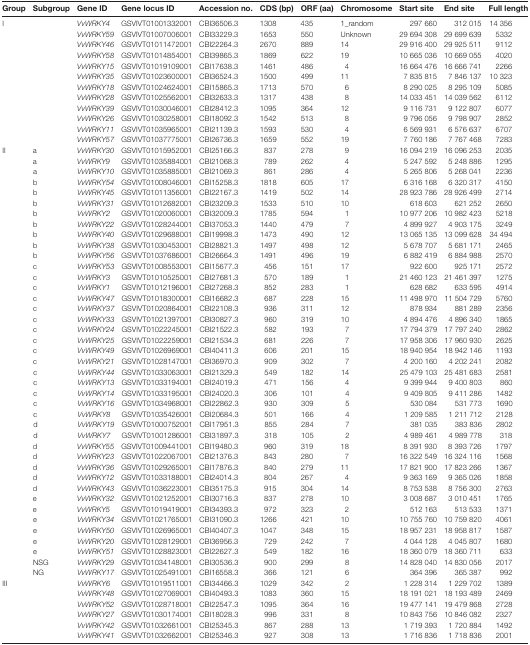
<table><thead><tr><td><b>Group</b></td><td><b>Subgroup</b></td><td><b>Gene ID</b></td><td><b>Gene locus ID</b></td><td><b>Accession no.</b></td><td><b>CDS (bp)</b></td><td><b>ORF (aa)</b></td><td><b>Chromosome</b></td><td><b>Start site</b></td><td><b>End site</b></td><td><b>Full length</b></td></tr></thead><tbody><tr><td>I</td><td></td><td><i>VvWRKY4</i></td><td>GSVIVT01001332001</td><td>CBI36506.3</td><td>1308</td><td>435</td><td>1_random</td><td>297 660</td><td>312 015</td><td>14 356</td></tr><tr><td></td><td></td><td><i>VvWRKY59</i></td><td>GSVIVT01007006001</td><td>CBI33229.3</td><td>1653</td><td>550</td><td>Unknown</td><td>29 694 308</td><td>29 699 639</td><td>5332</td></tr><tr><td></td><td></td><td><i>VvWRKY46</i></td><td>GSVIVT01011472001</td><td>CBI22264.3</td><td>2670</td><td>889</td><td>14</td><td>29 916 400</td><td>29 925 511</td><td>9112</td></tr><tr><td></td><td></td><td><i>VvWRKY58</i></td><td>GSVIVT01014854001</td><td>CBI39865.3</td><td>1869</td><td>622</td><td>19</td><td>10 665 036</td><td>10 669 055</td><td>4020</td></tr><tr><td></td><td></td><td><i>VvWRKY15</i></td><td>GSVIVT01019109001</td><td>CBI17638.3</td><td>1461</td><td>486</td><td>4</td><td>16 664 476</td><td>16 666 741</td><td>2266</td></tr><tr><td></td><td></td><td><i>VvWRKY35</i></td><td>GSVIVT01023600001</td><td>CBI36524.3</td><td>1500</td><td>499</td><td>11</td><td>7 835 815</td><td>7 846 137</td><td>10 323</td></tr><tr><td></td><td></td><td><i>VvWRKY18</i></td><td>GSVIVT01024624001</td><td>CBI15865.3</td><td>1713</td><td>570</td><td>6</td><td>8 290 025</td><td>8 295 109</td><td>5085</td></tr><tr><td></td><td></td><td><i>VvWRKY28</i></td><td>GSVIVT01025562001</td><td>CBI32633.3</td><td>1317</td><td>438</td><td>8</td><td>14 033 451</td><td>14 039 562</td><td>6112</td></tr><tr><td></td><td></td><td><i>VvWRKY39</i></td><td>GSVIVT01030046001</td><td>CBI28412.3</td><td>1095</td><td>364</td><td>12</td><td>9 116 731</td><td>9 122 807</td><td>6077</td></tr><tr><td></td><td></td><td><i>VvWRKY26</i></td><td>GSVIVT01030258001</td><td>CBI18092.3</td><td>1542</td><td>513</td><td>8</td><td>9 796 056</td><td>9 798 907</td><td>2852</td></tr><tr><td></td><td></td><td><i>VvWRKY11</i></td><td>GSVIVT01035965001</td><td>CBI21139.3</td><td>1593</td><td>530</td><td>4</td><td>6 569 931</td><td>6 576 637</td><td>6707</td></tr><tr><td></td><td></td><td><i>VvWRKY57</i></td><td>GSVIVT01037775001</td><td>CBI26736.3</td><td>1659</td><td>552</td><td>19</td><td>7 760 186</td><td>7 767 468</td><td>7283</td></tr><tr><td>II</td><td>a</td><td><i>VvWRKY30</i></td><td>GSVIVT01015952001</td><td>CBI25166.3</td><td>837</td><td>278</td><td>9</td><td>16 094 219</td><td>16 096 253</td><td>2035</td></tr><tr><td></td><td>a</td><td><i>VvWRKY9</i></td><td>GSVIVT01035884001</td><td>CBI21068.3</td><td>789</td><td>262</td><td>4</td><td>5 247 592</td><td>5 248 886</td><td>1295</td></tr><tr><td></td><td>a</td><td><i>VvWRKY10</i></td><td>GSVIVT01035885001</td><td>CBI21069.3</td><td>861</td><td>286</td><td>4</td><td>5 265 806</td><td>5 268 041</td><td>2236</td></tr><tr><td></td><td>b</td><td><i>VvWRKY54</i></td><td>GSVIVT01008046001</td><td>CBI15258.3</td><td>1818</td><td>605</td><td>17</td><td>6 316 168</td><td>6 320 317</td><td>4150</td></tr><tr><td></td><td>b</td><td><i>VvWRKY45</i></td><td>GSVIVT01011356001</td><td>CBI22167.3</td><td>1419</td><td>502</td><td>14</td><td>28 923 786</td><td>28 926 499</td><td>2714</td></tr><tr><td></td><td>b</td><td><i>VvWRKY31</i></td><td>GSVIVT01012682001</td><td>CBI23209.3</td><td>1533</td><td>510</td><td>10</td><td>618 603</td><td>621 252</td><td>2650</td></tr><tr><td></td><td>b</td><td><i>VvWRKY2</i></td><td>GSVIVT01020060001</td><td>CBI32009.3</td><td>1785</td><td>594</td><td>1</td><td>10 977 206</td><td>10 982 423</td><td>5218</td></tr><tr><td></td><td>b</td><td><i>VvWRKY22</i></td><td>GSVIVT01028244001</td><td>CBI37053.3</td><td>1440</td><td>479</td><td>7</td><td>4 899 927</td><td>4 903 175</td><td>3249</td></tr><tr><td></td><td>b</td><td><i>VvWRKY40</i></td><td>GSVIVT01029688001</td><td>CBI19998.3</td><td>1473</td><td>490</td><td>12</td><td>13 065 135</td><td>13 099 628</td><td>34 494</td></tr><tr><td></td><td>b</td><td><i>VvWRKY38</i></td><td>GSVIVT01030453001</td><td>CBI28821.3</td><td>1497</td><td>498</td><td>12</td><td>5 678 707</td><td>5 681 171</td><td>2465</td></tr><tr><td></td><td>b</td><td><i>VvWRKY56</i></td><td>GSVIVT01037686001</td><td>CBI26664.3</td><td>1491</td><td>496</td><td>19</td><td>6 882 419</td><td>6 884 988</td><td>2570</td></tr><tr><td></td><td>c</td><td><i>VvWRKY53</i></td><td>GSVIVT01008553001</td><td>CBI15677.3</td><td>456</td><td>151</td><td>17</td><td>922 600</td><td>925 171</td><td>2572</td></tr><tr><td></td><td>c</td><td><i>VvWRKY3</i></td><td>GSVIVT01010525001</td><td>CBI27681.3</td><td>570</td><td>189</td><td>1</td><td>21 460 123</td><td>21 461 397</td><td>1275</td></tr><tr><td></td><td>c</td><td><i>VvWRKY1</i></td><td>GSVIVT01012196001</td><td>CBI27268.3</td><td>852</td><td>283</td><td>1</td><td>628 682</td><td>633 595</td><td>4914</td></tr><tr><td></td><td>c</td><td><i>VvWRKY47</i></td><td>GSVIVT01018300001</td><td>CBI16682.3</td><td>687</td><td>228</td><td>15</td><td>11 498 970</td><td>11 504 729</td><td>5760</td></tr><tr><td></td><td>c</td><td><i>VvWRKY37</i></td><td>GSVIVT01020864001</td><td>CBI22108.3</td><td>936</td><td>311</td><td>12</td><td>878 934</td><td>881 289</td><td>2356</td></tr><tr><td></td><td>c</td><td><i>VvWRKY33</i></td><td>GSVIVT01021397001</td><td>CBI30827.3</td><td>960</td><td>319</td><td>10</td><td>4 894 476</td><td>4 896 340</td><td>1865</td></tr><tr><td></td><td>c</td><td><i>VvWRKY24</i></td><td>GSVIVT01022245001</td><td>CBI21522.3</td><td>582</td><td>193</td><td>7</td><td>17 794 379</td><td>17 797 240</td><td>2862</td></tr><tr><td></td><td>c</td><td><i>VvWRKY25</i></td><td>GSVIVT01022259001</td><td>CBI21534.3</td><td>681</td><td>226</td><td>7</td><td>17 958 306</td><td>17 960 930</td><td>2625</td></tr><tr><td></td><td>c</td><td><i>VvWRKY49</i></td><td>GSVIVT01026969001</td><td>CBI40411.3</td><td>606</td><td>201</td><td>15</td><td>18 940 954</td><td>18 942 146</td><td>1193</td></tr><tr><td></td><td>c</td><td><i>VvWRKY21</i></td><td>GSVIVT01028147001</td><td>CBI36970.3</td><td>909</td><td>302</td><td>7</td><td>4 200 160</td><td>4 202 241</td><td>2082</td></tr><tr><td></td><td>c</td><td><i>VvWRKY44</i></td><td>GSVIVT01033063001</td><td>CBI21329.3</td><td>549</td><td>182</td><td>14</td><td>25 479 103</td><td>25 481 683</td><td>2581</td></tr><tr><td></td><td>c</td><td><i>VvWRKY13</i></td><td>GSVIVT01033194001</td><td>CBI24019.3</td><td>471</td><td>156</td><td>4</td><td>9 399 944</td><td>9 400 803</td><td>860</td></tr><tr><td></td><td>c</td><td><i>VvWRKY14</i></td><td>GSVIVT01033195001</td><td>CBI24020.3</td><td>306</td><td>101</td><td>4</td><td>9 409 805</td><td>9 411 286</td><td>1482</td></tr><tr><td></td><td>c</td><td><i>VvWRKY16</i></td><td>GSVIVT01034968001</td><td>CBI22862.3</td><td>930</td><td>309</td><td>5</td><td>530 084</td><td>531 773</td><td>1690</td></tr><tr><td></td><td>c</td><td><i>VvWRKY8</i></td><td>GSVIVT01035426001</td><td>CBI20684.3</td><td>501</td><td>166</td><td>4</td><td>1 209 585</td><td>1 211 712</td><td>2128</td></tr><tr><td></td><td>d</td><td><i>VvWRKY19</i></td><td>GSVIVT01000752001</td><td>CBI17951.3</td><td>855</td><td>284</td><td>7</td><td>381 035</td><td>383 836</td><td>2802</td></tr><tr><td></td><td>d</td><td><i>VvWRKY7</i></td><td>GSVIVT01001286001</td><td>CBI31897.3</td><td>318</td><td>105</td><td>2</td><td>4 989 461</td><td>4 989 778</td><td>318</td></tr><tr><td></td><td>d</td><td><i>VvWRKY55</i></td><td>GSVIVT01009441001</td><td>CBI19480.3</td><td>960</td><td>319</td><td>18</td><td>8 391 930</td><td>8 393 726</td><td>1797</td></tr><tr><td></td><td>d</td><td><i>VvWRKY23</i></td><td>GSVIVT01022067001</td><td>CBI21376.3</td><td>843</td><td>280</td><td>7</td><td>16 322 549</td><td>16 324 116</td><td>1568</td></tr><tr><td></td><td>d</td><td><i>VvWRKY36</i></td><td>GSVIVT01029265001</td><td>CBI17876.3</td><td>840</td><td>279</td><td>11</td><td>17 821 900</td><td>17 823 266</td><td>1367</td></tr><tr><td></td><td>d</td><td><i>VvWRKY12</i></td><td>GSVIVT01033188001</td><td>CBI24014.3</td><td>804</td><td>267</td><td>4</td><td>9 363 169</td><td>9 365 026</td><td>1858</td></tr><tr><td></td><td>d</td><td><i>VvWRKY43</i></td><td>GSVIVT01036223001</td><td>CBI35175.3</td><td>915</td><td>304</td><td>14</td><td>8 753 538</td><td>8 756 300</td><td>2763</td></tr><tr><td></td><td>e</td><td><i>VvWRKY32</i></td><td>GSVIVT01021252001</td><td>CBI30716.3</td><td>837</td><td>278</td><td>10</td><td>3 008 687</td><td>3 010 451</td><td>1765</td></tr><tr><td></td><td>e</td><td><i>VvWRKY5</i></td><td>GSVIVT01019419001</td><td>CBI34393.3</td><td>972</td><td>323</td><td>2</td><td>512 163</td><td>513 533</td><td>1371</td></tr><tr><td></td><td>e</td><td><i>VvWRKY34</i></td><td>GSVIVT01021765001</td><td>CBI31090.3</td><td>1266</td><td>421</td><td>10</td><td>10 755 760</td><td>10 759 820</td><td>4061</td></tr><tr><td></td><td>e</td><td><i>VvWRKY50</i></td><td>GSVIVT01026965001</td><td>CBI40407.3</td><td>1047</td><td>348</td><td>15</td><td>18 957 231</td><td>18 958 817</td><td>1587</td></tr><tr><td></td><td>e</td><td><i>VvWRKY20</i></td><td>GSVIVT01028129001</td><td>CBI36956.3</td><td>729</td><td>242</td><td>7</td><td>4 044 128</td><td>4 045 807</td><td>1680</td></tr><tr><td></td><td>e</td><td><i>VvWRKY51</i></td><td>GSVIVT01028823001</td><td>CBI22627.3</td><td>549</td><td>182</td><td>16</td><td>18 360 079</td><td>18 360 711</td><td>633</td></tr><tr><td></td><td>NSG</td><td><i>VvWRKY29</i></td><td>GSVIVT01034148001</td><td>CBI30536.3</td><td>900</td><td>299</td><td>8</td><td>14 828 040</td><td>14 830 056</td><td>2017</td></tr><tr><td></td><td>NG</td><td><i>VvWRKY17</i></td><td>GSVIVT01025491001</td><td>CBI16558.3</td><td>366</td><td>121</td><td>6</td><td>364 396</td><td>365 387</td><td>992</td></tr><tr><td>III</td><td></td><td><i>VvWRKY6</i></td><td>GSVIVT01019511001</td><td>CBI34466.3</td><td>1029</td><td>342</td><td>2</td><td>1 228 314</td><td>1 229 702</td><td>1389</td></tr><tr><td></td><td></td><td><i>VvWRKY48</i></td><td>GSVIVT01027069001</td><td>CBI40493.3</td><td>1083</td><td>360</td><td>15</td><td>18 191 021</td><td>18 193 489</td><td>2469</td></tr><tr><td></td><td></td><td><i>VvWRKY52</i></td><td>GSVIVT01028718001</td><td>CBI22547.3</td><td>1095</td><td>364</td><td>16</td><td>19 477 141</td><td>19 479 868</td><td>2728</td></tr><tr><td></td><td></td><td><i>VvWRKY27</i></td><td>GSVIVT01030174001</td><td>CBI18028.3</td><td>996</td><td>331</td><td>8</td><td>10 843 756</td><td>10 846 082</td><td>2327</td></tr><tr><td></td><td></td><td><i>VvWRKY42</i></td><td>GSVIVT01032661001</td><td>CBI25345.3</td><td>867</td><td>288</td><td>13</td><td>1 719 393</td><td>1 720 884</td><td>1492</td></tr><tr><td></td><td></td><td><i>VvWRKY41</i></td><td>GSVIVT01032662001</td><td>CBI25346.3</td><td>927</td><td>308</td><td>13</td><td>1 716 836</td><td>1 718 836</td><td>2001</td></tr></tbody></table>